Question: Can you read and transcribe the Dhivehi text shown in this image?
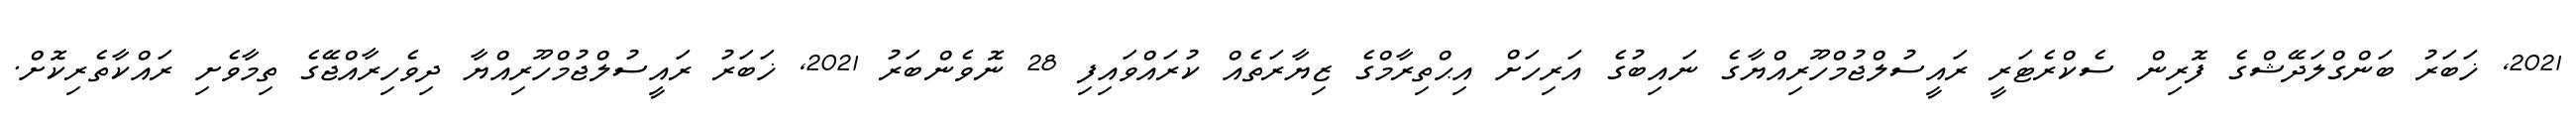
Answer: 2021, ޚަބަރު ބަންގްލަދޭޝްގެ ފޮރިން ސެކްރެޓަރީ ރައީސުލްޖުމްހޫރިއްޔާގެ ނައިބުގެ އަރިހަށް އިޙްތިރާމްގެ ޒިޔާރަތެއް ކުރައްވައިފި 28 ނޮވެންބަރު 2021, ޚަބަރު ރައީސުލްޖުމްހޫރިއްޔާ ދިވެހިރާއްޖޭގެ ތިމާވެށި ރައްކާތެރިކޮށް.